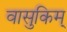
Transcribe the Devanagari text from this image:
वासुकिम्